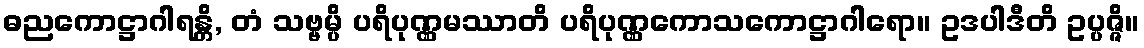
ဓညကောဋ္ဌာဂါရန္တိ, တံ သဗ္ဗမ္ပိ ပရိပုဏ္ဏမဿာတိ ပရိပုဏ္ဏကောသကောဋ္ဌာဂါရော။ ဥဒပါဒီတိ ဥပ္ပဇ္ဇိ။